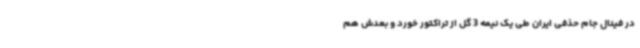
در فینال جام حذفی ایران طی یک نیمه 3 گل از تراکتور خورد و بعدش هم